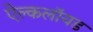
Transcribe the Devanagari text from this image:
ऐल्कलॉयड